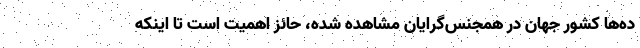
ده‌ها کشور جهان در همجنس‌گرایان مشاهده شده، حائز اهمیت است تا اینکه